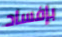
بإفساد